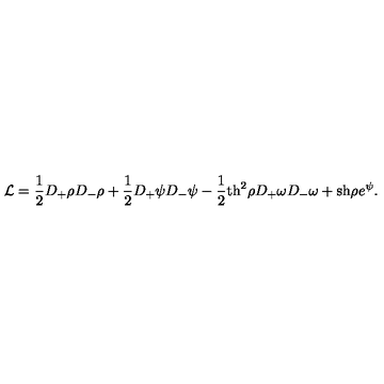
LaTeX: { \cal L } = \frac { 1 } { 2 } D _ { + } \rho D _ { - } \rho + \frac { 1 } { 2 } D _ { + } \psi D _ { - } \psi - \frac { 1 } { 2 } \mathrm { t h } ^ { 2 } \rho D _ { + } \omega D _ { - } \omega + \mathrm { s h } \rho e ^ { \psi } .